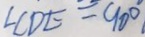
\angle C D E = 9 0 ^ { \circ } .